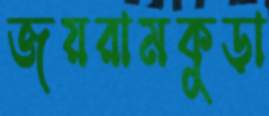
জয়রামকুড়া